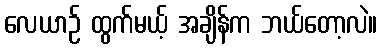
လေယာဉ် ထွက်မယ့် အချိန်က ဘယ်တော့လဲ။